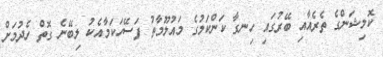
ކޮމިޝަންގެ ތެރެއާއި ބޭރުގައި ހިނގާ ކަންކަމުގެ މައުލޫމާތު ފަސޭހަކަމާއެކު ލިބޭނެ ގޮތް ހެދުމަށް